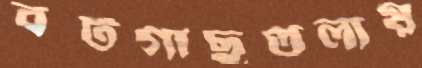
বটগাছতলায়